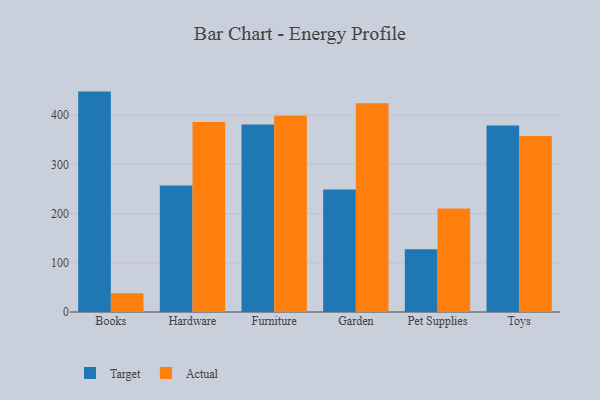
{"axis": {"x": "Category", "y": "Operating Costs (USD K)"}, "legend": ["Actual", "Target"], "data": [{"x": "Books", "y": 447.7, "type": "Target"}, {"x": "Books", "y": 38.0, "type": "Actual"}, {"x": "Hardware", "y": 257.1, "type": "Target"}, {"x": "Hardware", "y": 386.2, "type": "Actual"}, {"x": "Furniture", "y": 380.8, "type": "Target"}, {"x": "Furniture", "y": 398.8, "type": "Actual"}, {"x": "Garden", "y": 248.8, "type": "Target"}, {"x": "Garden", "y": 423.9, "type": "Actual"}, {"x": "Pet Supplies", "y": 127.3, "type": "Target"}, {"x": "Pet Supplies", "y": 210.0, "type": "Actual"}, {"x": "Toys", "y": 378.7, "type": "Target"}, {"x": "Toys", "y": 357.6, "type": "Actual"}]}